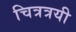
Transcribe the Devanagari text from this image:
चित्रत्रयी